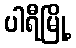
ပါရီမြို့